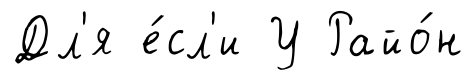
Дл'я е́сл'и У Райо́н